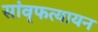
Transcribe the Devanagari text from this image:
सांवृफत्यायन